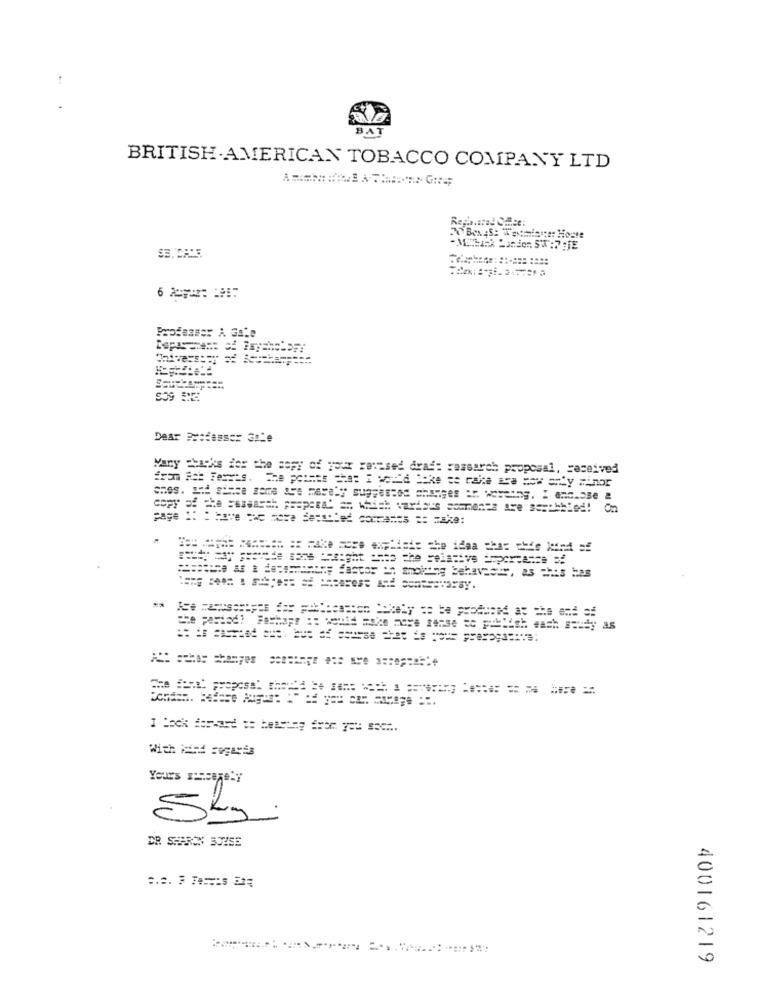
BAT
BRITISH AMERICAN TOBACCO COMPANY LTD
70 Bex AS: Westminster Houte
Professor A GaLe
Dear === dass == 3Le
Wany chicks for the copy of your revised draf: research proposal, received
ches. and since zame are merely suggested changes in. wereing. I enclose &
copy of the =essarak prepara' an which various somments are asachbied! On
With kind rogayis
Yours sincerely
400161219